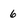
Character: 6